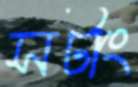
সটাং